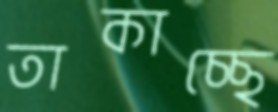
তাকাচ্ছে